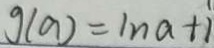
g ( a ) = 1 n a + 1